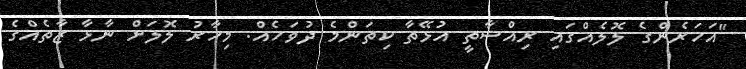
"އަހަރެންގެ ލޮލެއްގައި ރިއްސާތީ އުޅޭތާ ކިތަންމެ ދުވަހެއް. މިހާރު ލޮލަށް ނާޅާ ޒާތެއްގެ